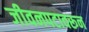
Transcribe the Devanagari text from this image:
जीवनपटावरून